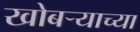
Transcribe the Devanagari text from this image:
खोबऱ्याच्या